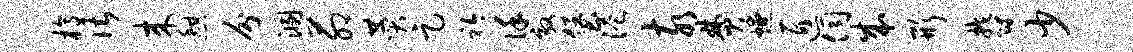
槁谌来憩分溷茆赞足衿谨效堡港亥焚燎匠伺成形郁少